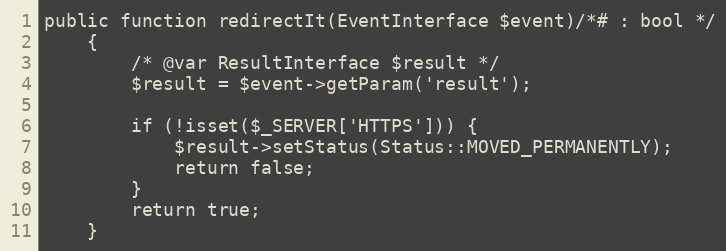
Language: PHP
public function redirectIt(EventInterface $event)/*# : bool */
    {
        /* @var ResultInterface $result */
        $result = $event->getParam('result');

        if (!isset($_SERVER['HTTPS'])) {
            $result->setStatus(Status::MOVED_PERMANENTLY);
            return false;
        }
        return true;
    }